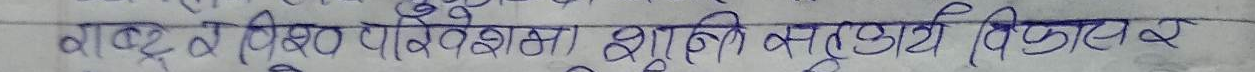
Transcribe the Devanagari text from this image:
वाद व विश्व परिवेशमा सुलभ तथा सूपर्ण विकशर